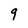
Character: q